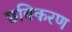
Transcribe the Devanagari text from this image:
छबिकरण